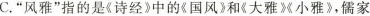
C.“风雅”指的是《诗经》中的《国风》和《大雅》《小雅》，儒家